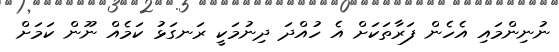
ނުނިންމައި އެހެން ފަރާތަކަށް އެ ހުއްދަ ދިނުމަކީ ރަނގަޅު ކަމެއް ނޫން ކަމަށް